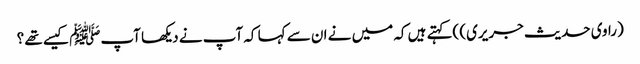
(راوی حدیث جریری) )کہتے ہیں کہ میں نے ان سے کہا کہ آپ نے دیکھا آپﷺ کیسے تھے ؟